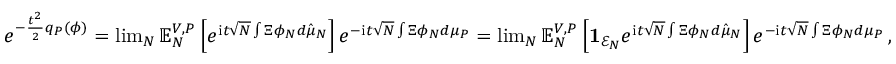
\begin{array} { r } { e ^ { - \frac { t ^ { 2 } } { 2 } q _ { P } ( \phi ) } = \operatorname* { l i m } _ { N } \mathbb { E } _ { N } ^ { V , P } \left[ e ^ { \mathrm { i } t \sqrt { N } \int \Xi \phi _ { N } d \hat { \mu } _ { N } } \right] e ^ { - \mathrm { i } t \sqrt { N } \int \Xi \phi _ { N } d \mu _ { P } } = \operatorname* { l i m } _ { N } \mathbb { E } _ { N } ^ { V , P } \left[ \mathbf { 1 } _ { \mathcal { E } _ { N } } e ^ { \mathrm { i } t \sqrt { N } \int \Xi \phi _ { N } d \hat { \mu } _ { N } } \right] e ^ { - \mathrm { i } t \sqrt { N } \int \Xi \phi _ { N } d \mu _ { P } } \, , } \end{array}